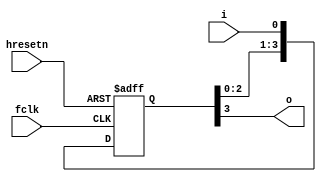
//-----------------------------------------------------------------------------
// The confidential and proprietary information contained in this file may
// only be used by a person authorised under and to the extent permitted
// by a subsisting licensing agreement from ARM Limited.
//
//            (C) COPYRIGHT 2008-2009 ARM Limited.
//                ALL RIGHTS RESERVED
//
// This entire notice must be reproduced on all copies of this file
// and copies of this file may only be made by a person if such person is
// permitted to do so under the terms of a subsisting license agreement
// from ARM Limited.
//
//      SVN Information
//
//      Checked In          : $Date: 2008-12-08 12:21:19 +0000 (Mon, 08 Dec 2008) $
//
//      Revision            : $Revision: 96209 $
//
//      Release Information : Cortex-M0-AT510-r0p0-01rel0
//-----------------------------------------------------------------------------

//-----------------------------------------------------------------------------
//     Signal delay block used in Miscellaneous logic block
//-----------------------------------------------------------------------------
//
// This block is used to facilitate testing in the Cortex-M0 Integration Kit
// o    Delays input signal i by 4 fclk ticks before returning as output o
//-----------------------------------------------------------------------------
module cm0ik_misc_delay
  (input  wire  fclk,
   input  wire  hresetn,
   input  wire  i,
   output wire  o);

  reg [3:0] d;

  always@(posedge fclk or negedge hresetn)
    if(~hresetn)
      d <= {4{1'b0}};
    else
      d <= {d[2:0], i};

  assign    o = d[3];
  
endmodule